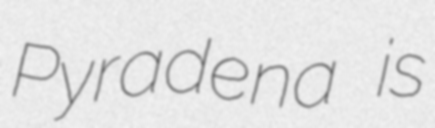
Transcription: Pyradena is